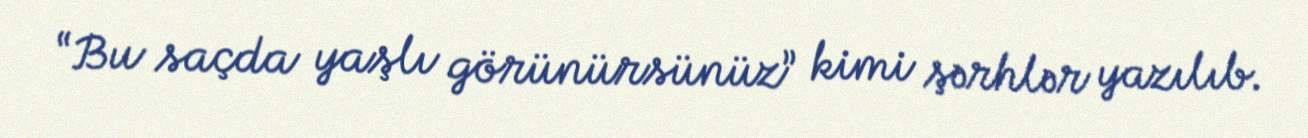
“Bu saçda yaşlı görünürsünüz” kimi şərhlər yazılıb.